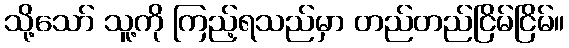
သို့သော် သူ့ကို ကြည့်ရသည်မှာ တည်တည်ငြိမ်ငြိမ်။